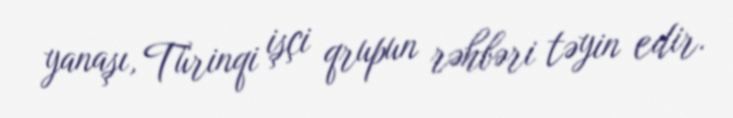
yanaşı, Türinqi işçi qrupun rəhbəri təyin edir.